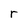
Character: r